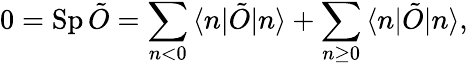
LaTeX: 0=\mathrm{Sp}\, \tilde{O}=\sum_{n<0}\, \langle n|\tilde{O}|n\rangle+\sum_{n\ge 0}\, \langle n|\tilde{O}|n\rangle,